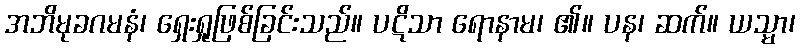
အဘိမုခဂမနံ၊ ရှေးရှုဖြစ်ခြင်းသည်။ ပဋိသာ ရောနာမ၊ ၏။ ပန၊ ဆက်။ ယသ္မာ၊